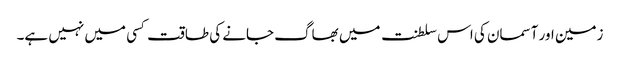
زمین اور آسمان کی اس سلطنت میں بھاگ جانے کی طاقت کسی میں نہیں ہے۔